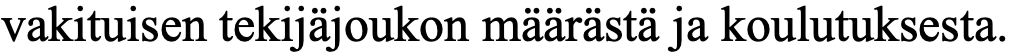
vakituisen tekijäjoukon määrästä ja koulutuksesta.